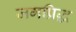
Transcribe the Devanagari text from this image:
जगप्रिद्ध